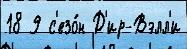
18 9 с'езо́н Д'ир-Вэлл'и